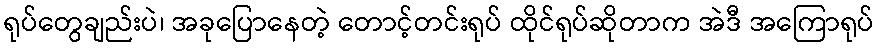
ရုပ်တွေချည်းပဲ၊ အခုပြောနေတဲ့ တောင့်တင်းရုပ် ထိုင်ရုပ်ဆိုတာက အဲဒီ အကြောရုပ်